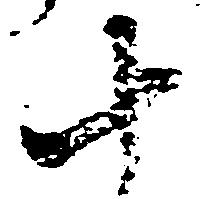
十